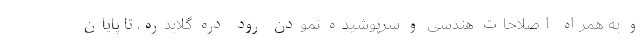
و به همراه اصلاحات هندسی و سرپوشیده نمودن رود دره گلابدره، تا پایان